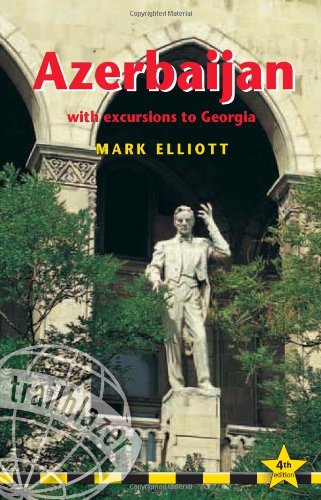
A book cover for Azerbaijan: With Excursions To Georgia; Mark Elliott; Travel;